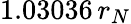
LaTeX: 1.03036\, r_{N}